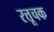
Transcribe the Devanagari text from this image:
रत्तूचक